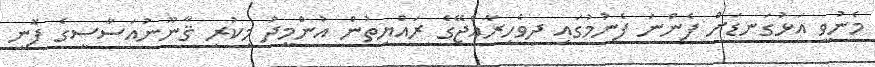
މެނުވީ އަޅުގަނޑަށް ފެންނަ ފެނުމުގައި ދިވެހިރާއްޖޭގެ ރައްޔިތުން އުންމީދު މިކުރި ޤާނޫނުއަސާސީގެ ފޮނި